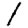
Digit: 1